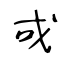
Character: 戓